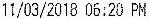
11/03/2018 06:20 PM